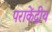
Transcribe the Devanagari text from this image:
पराकेंद्रीय